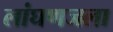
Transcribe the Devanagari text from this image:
लांघणजला